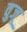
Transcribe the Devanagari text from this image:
वुजू